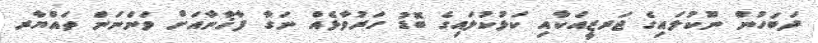
ދަބަހުން ނޫކުލައިގެ ޖަރޒީއަކާއި ކަޅުކުލައިގެ ބޮޑު ހަރުވާޅެއް ނަގާ ފާޚާނާއަށް ވަންނަން ތައްޔާރ